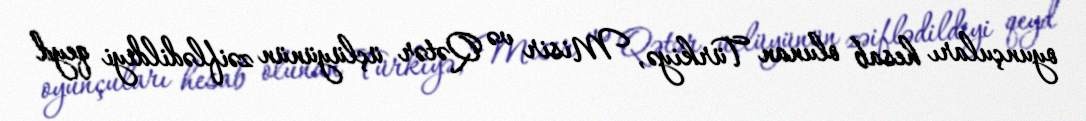
oyunçuları hesab olunan Türkiyə, Misir və Qətər üçlüyünün zəiflədildiyi qeyd